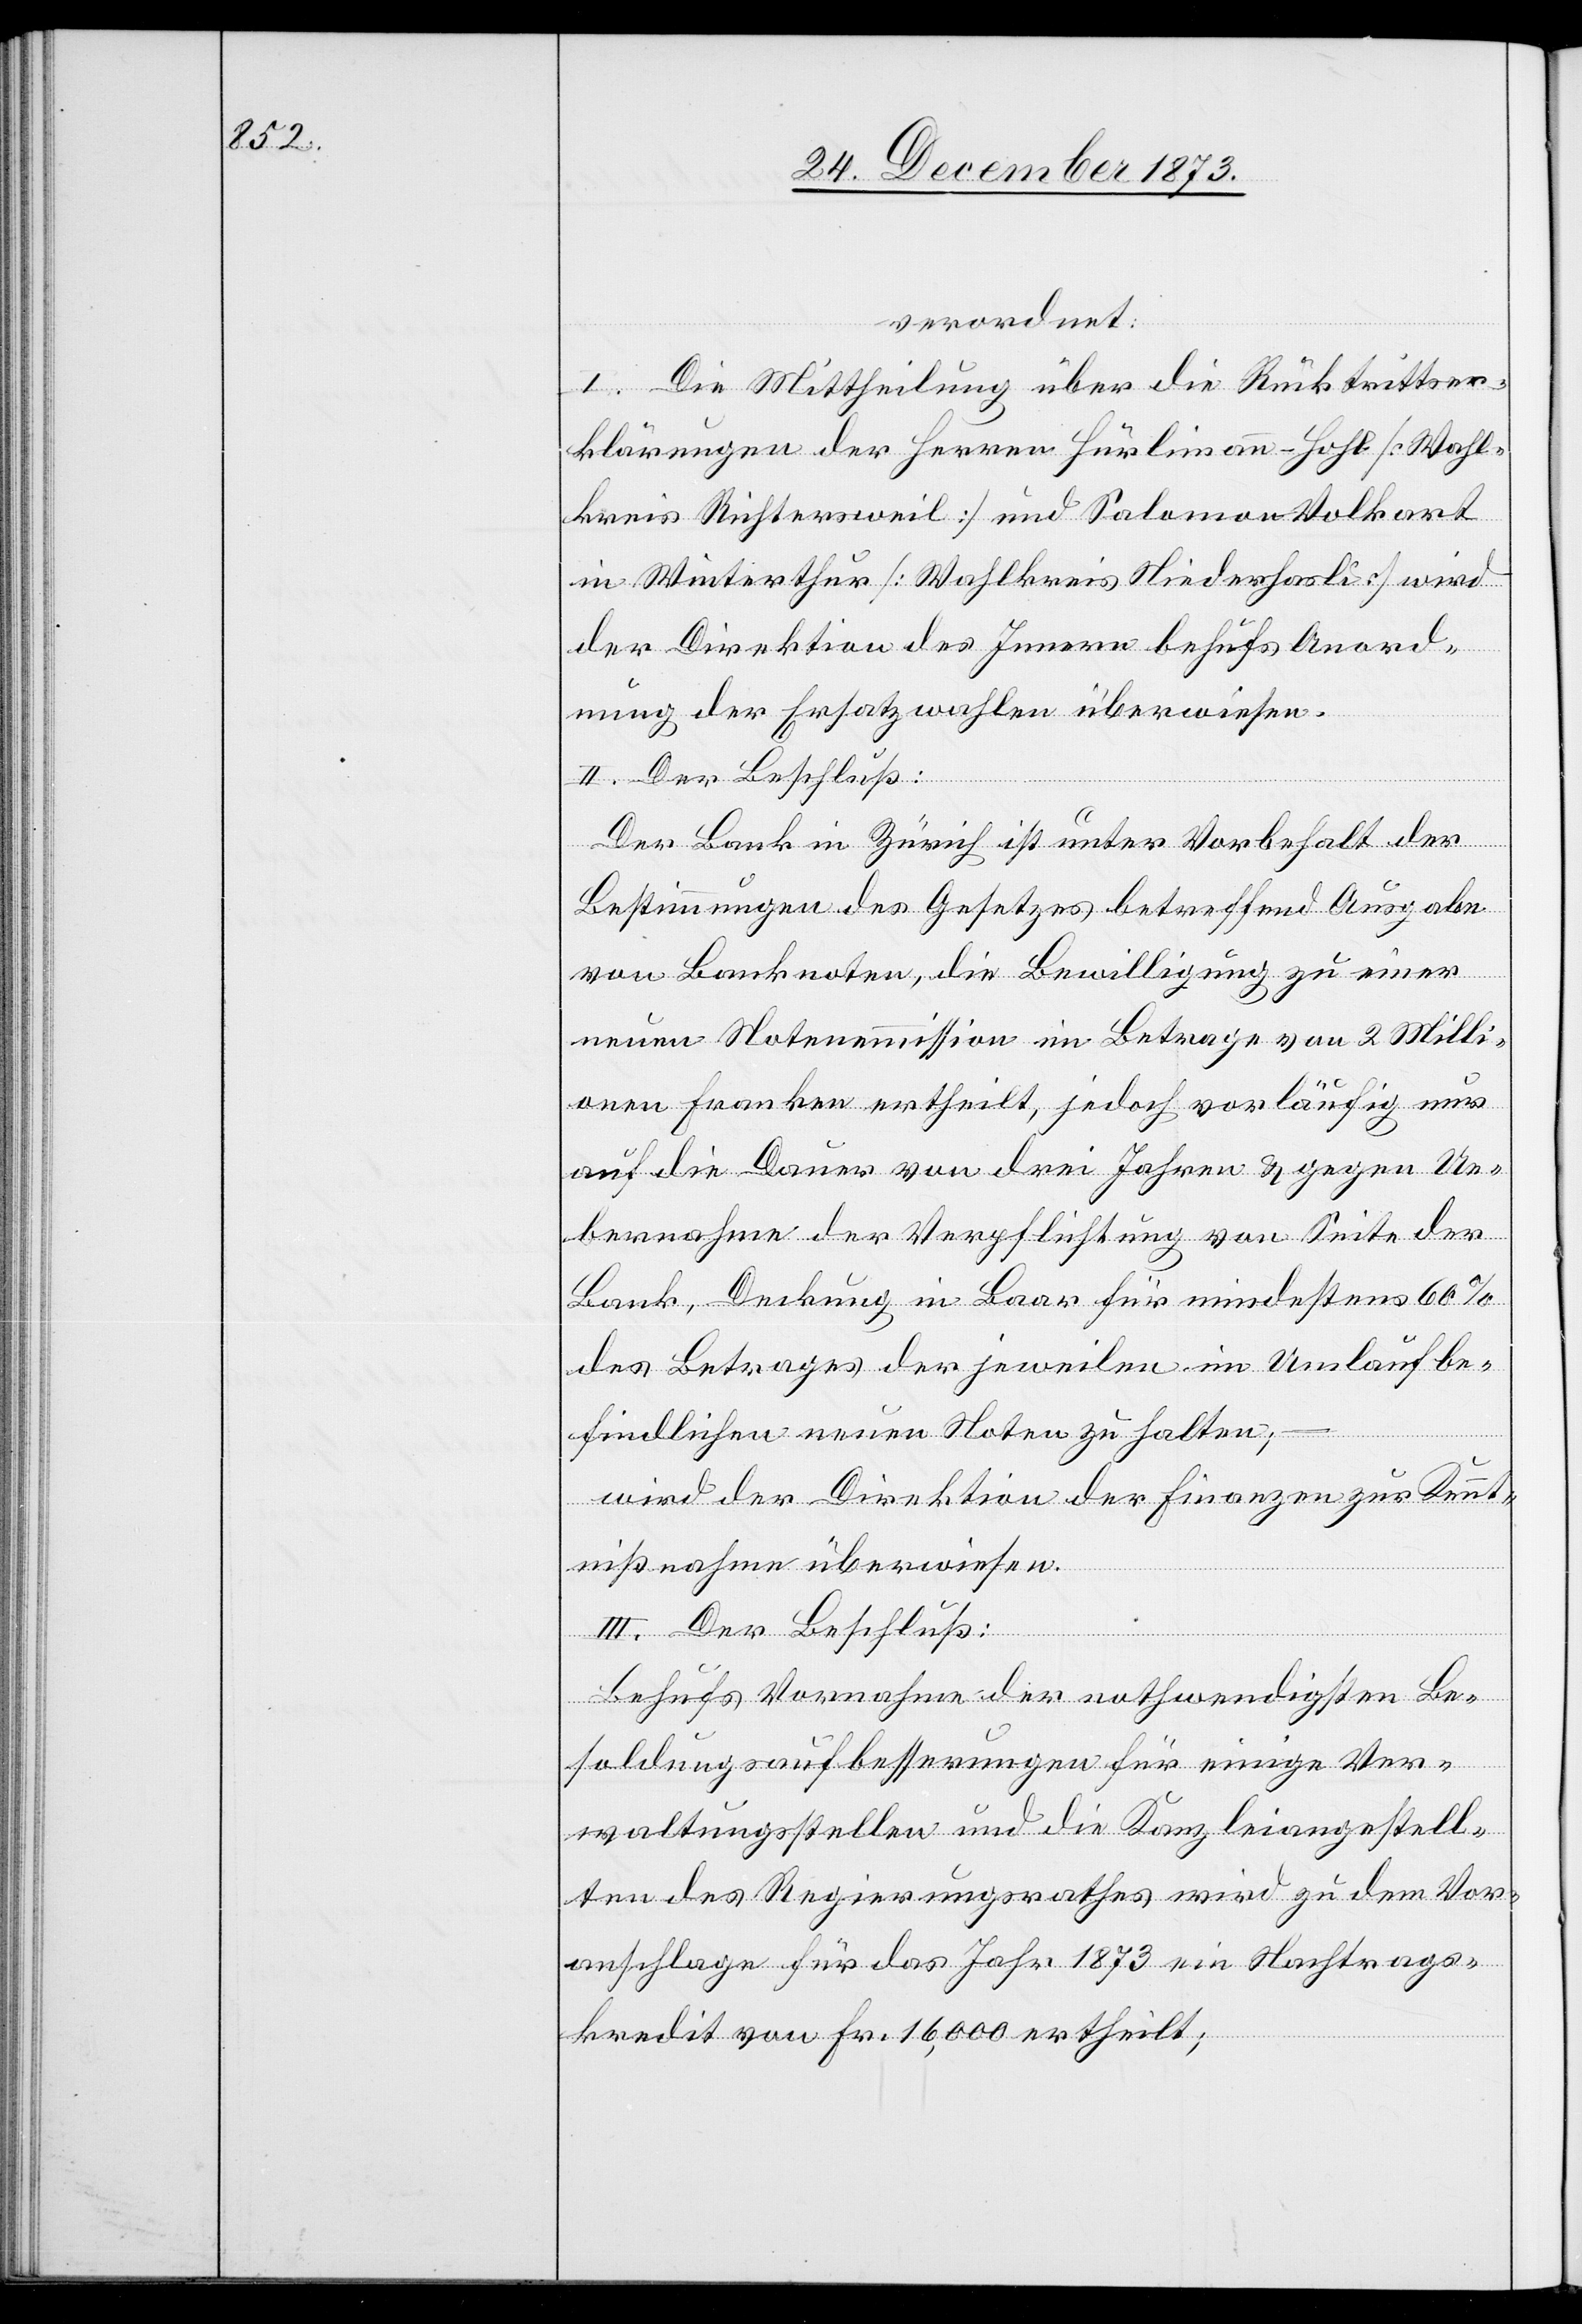
verordnet:
I. Die Mittheilung über die Rücktrittser¬
klärungen der Herren Hürlimann-Hohl [Wahl¬
kreis Richtersweil] und Salomon Volkart
in Winterthur [Wahlkreis Niederhasli] wird
der Direktion des Innern behufs Anord¬
nung der Ersatzwahlen überwiesen.
II. Der Beschluß:
Der Bank in Zürich ist unter Vorbehalt der
Bestimmungen des Gesetzes betreffend Ausgabe
von Banknoten, die Bewilligung zu einer
neuen Notenemmission im Betrage von 2 Milli¬
onen Franken ertheilt, jedoch vorläufig nur
auf die Dauer von drei Jahren & gegen Ue¬
bernahme der Verpflichtung von Seite der
Bank, Deckung in Baar für mindestens 60%
des Betrages der jeweilen im Umlauf be¬
findlichen neuen Noten zu halten;
wird der Direktion der Finanzen zur Kennt¬
nißnahme überwiesen.
III. Der Beschluß:
Behufs Vornahme der nothwendigsten Be¬
soldungsaufbesserungen für einige Ver¬
waltungsstellen und die Kanzleiangestell¬
ten des Regierungsrathes wird zu dem Vor¬
anschlage für das Jahr 1873 ein Nachtrags¬
kredit von Fr. 16,000 ertheilt;